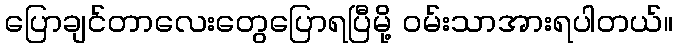
ပြောချင်တာလေးတွေပြောရပြီမို့ ဝမ်းသာအားရပါတယ်။